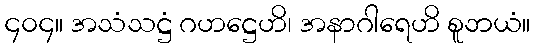
၄၀၄။ အသံသဋ္ဌံ ဂဟဋ္ဌေဟိ၊ အနာဂါရေဟိ စူဘယံ။